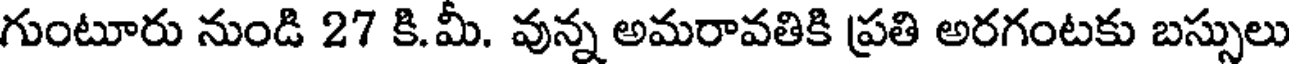
గుంటూరు నుండి 27 కి.మీ. వున్న అమరావతికి ప్రతి అరగంటకు బస్సులు